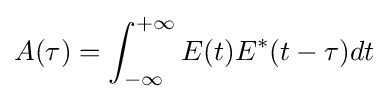
A(\tau )=\int _{-\infty }^{+\infty }E(t)E^{*}(t-\tau )dt